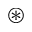
\circledast